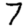
Digit: 7